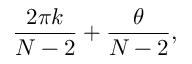
\frac { 2 \pi k } { N - 2 } + \frac { \theta } { N - 2 } ,